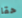
حقا